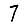
Digit: 7